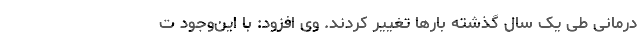
درمانی طی یک سال گذشته بارها تغییر کردند. وی افزود: با این‌وجود ت